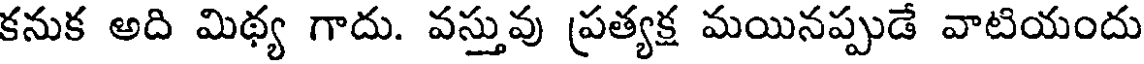
కనుక అది మిథ్య గాదు. వస్తువు ప్రత్యక్ష మయినప్పుడే వాటియందు